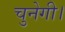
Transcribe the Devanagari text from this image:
चुनेगी।